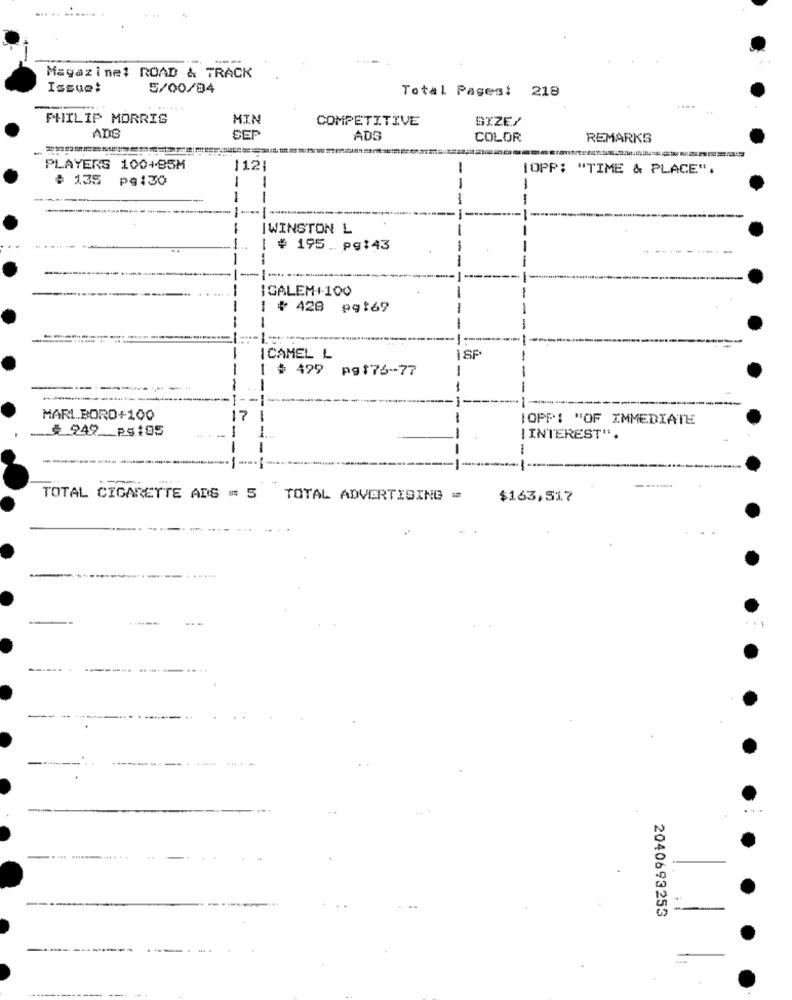
Magazine: ROAD & TRACK
Issue:
5/00/84
Total Pages: 218
PHILIP MORRIS
MIN
COMPETITIVE
SIZE/
ADS
SEP
ADS
COLOR
REMARKS
PLAYERS 100+85M
1121
[OPP: "TIME & PLACE".
: 135 pg:30
-
-
--
-
-
WINSTON L
| # 195 _ ps:43
-
-
-
IGALEM+100
1 ¢ 428 pg:69
-
ICAMEL L
ISP
-
1 $ 499
Pg176-77
-
MARLBORO+100
IOPP: "OF IMMEDIATE
4 949 __ ps:05
| INTEREST".
-
TOTAL CIGARETTE ADS = 5
TOTAL ADVERTISING =
$163,517
2040693253